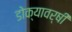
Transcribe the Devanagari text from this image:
डोक्यावर्षी